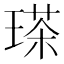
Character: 𤨓